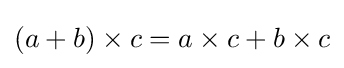
(a+b)\times c=a\times c+b\times c